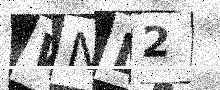
Text: WNL2